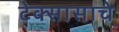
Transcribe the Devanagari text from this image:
टेक्सासाचे